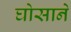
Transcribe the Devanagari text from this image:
घोसाने